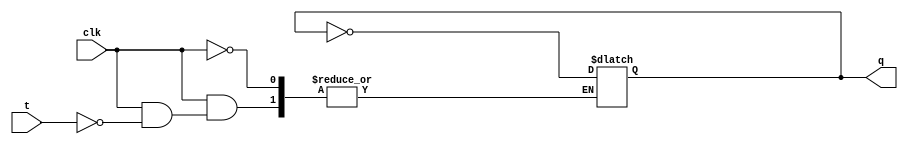


 module t_flipflop(q,t,clk);
output q;
input t,clk;
reg q;
initial 
   begin 
	q=1'b0;
   end
 always @ (clk)
	begin
		if(clk)
			 begin
			   if (t==1'b0) begin q=q; end
			   else begin q=~q;  end
			 end
	 end
endmodule